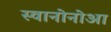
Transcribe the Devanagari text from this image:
स्वानोनोआ